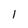
Character: l